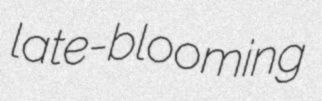
late-blooming